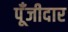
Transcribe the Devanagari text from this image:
पूँजीदार